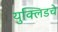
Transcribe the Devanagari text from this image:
युक्लिडचे